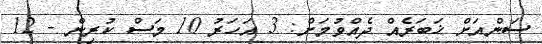
ސަންއަށް ޚަބަރެއް ދެއްވުމަށް: 3 އަހަރު 10 މަސް ކުރިން - 12